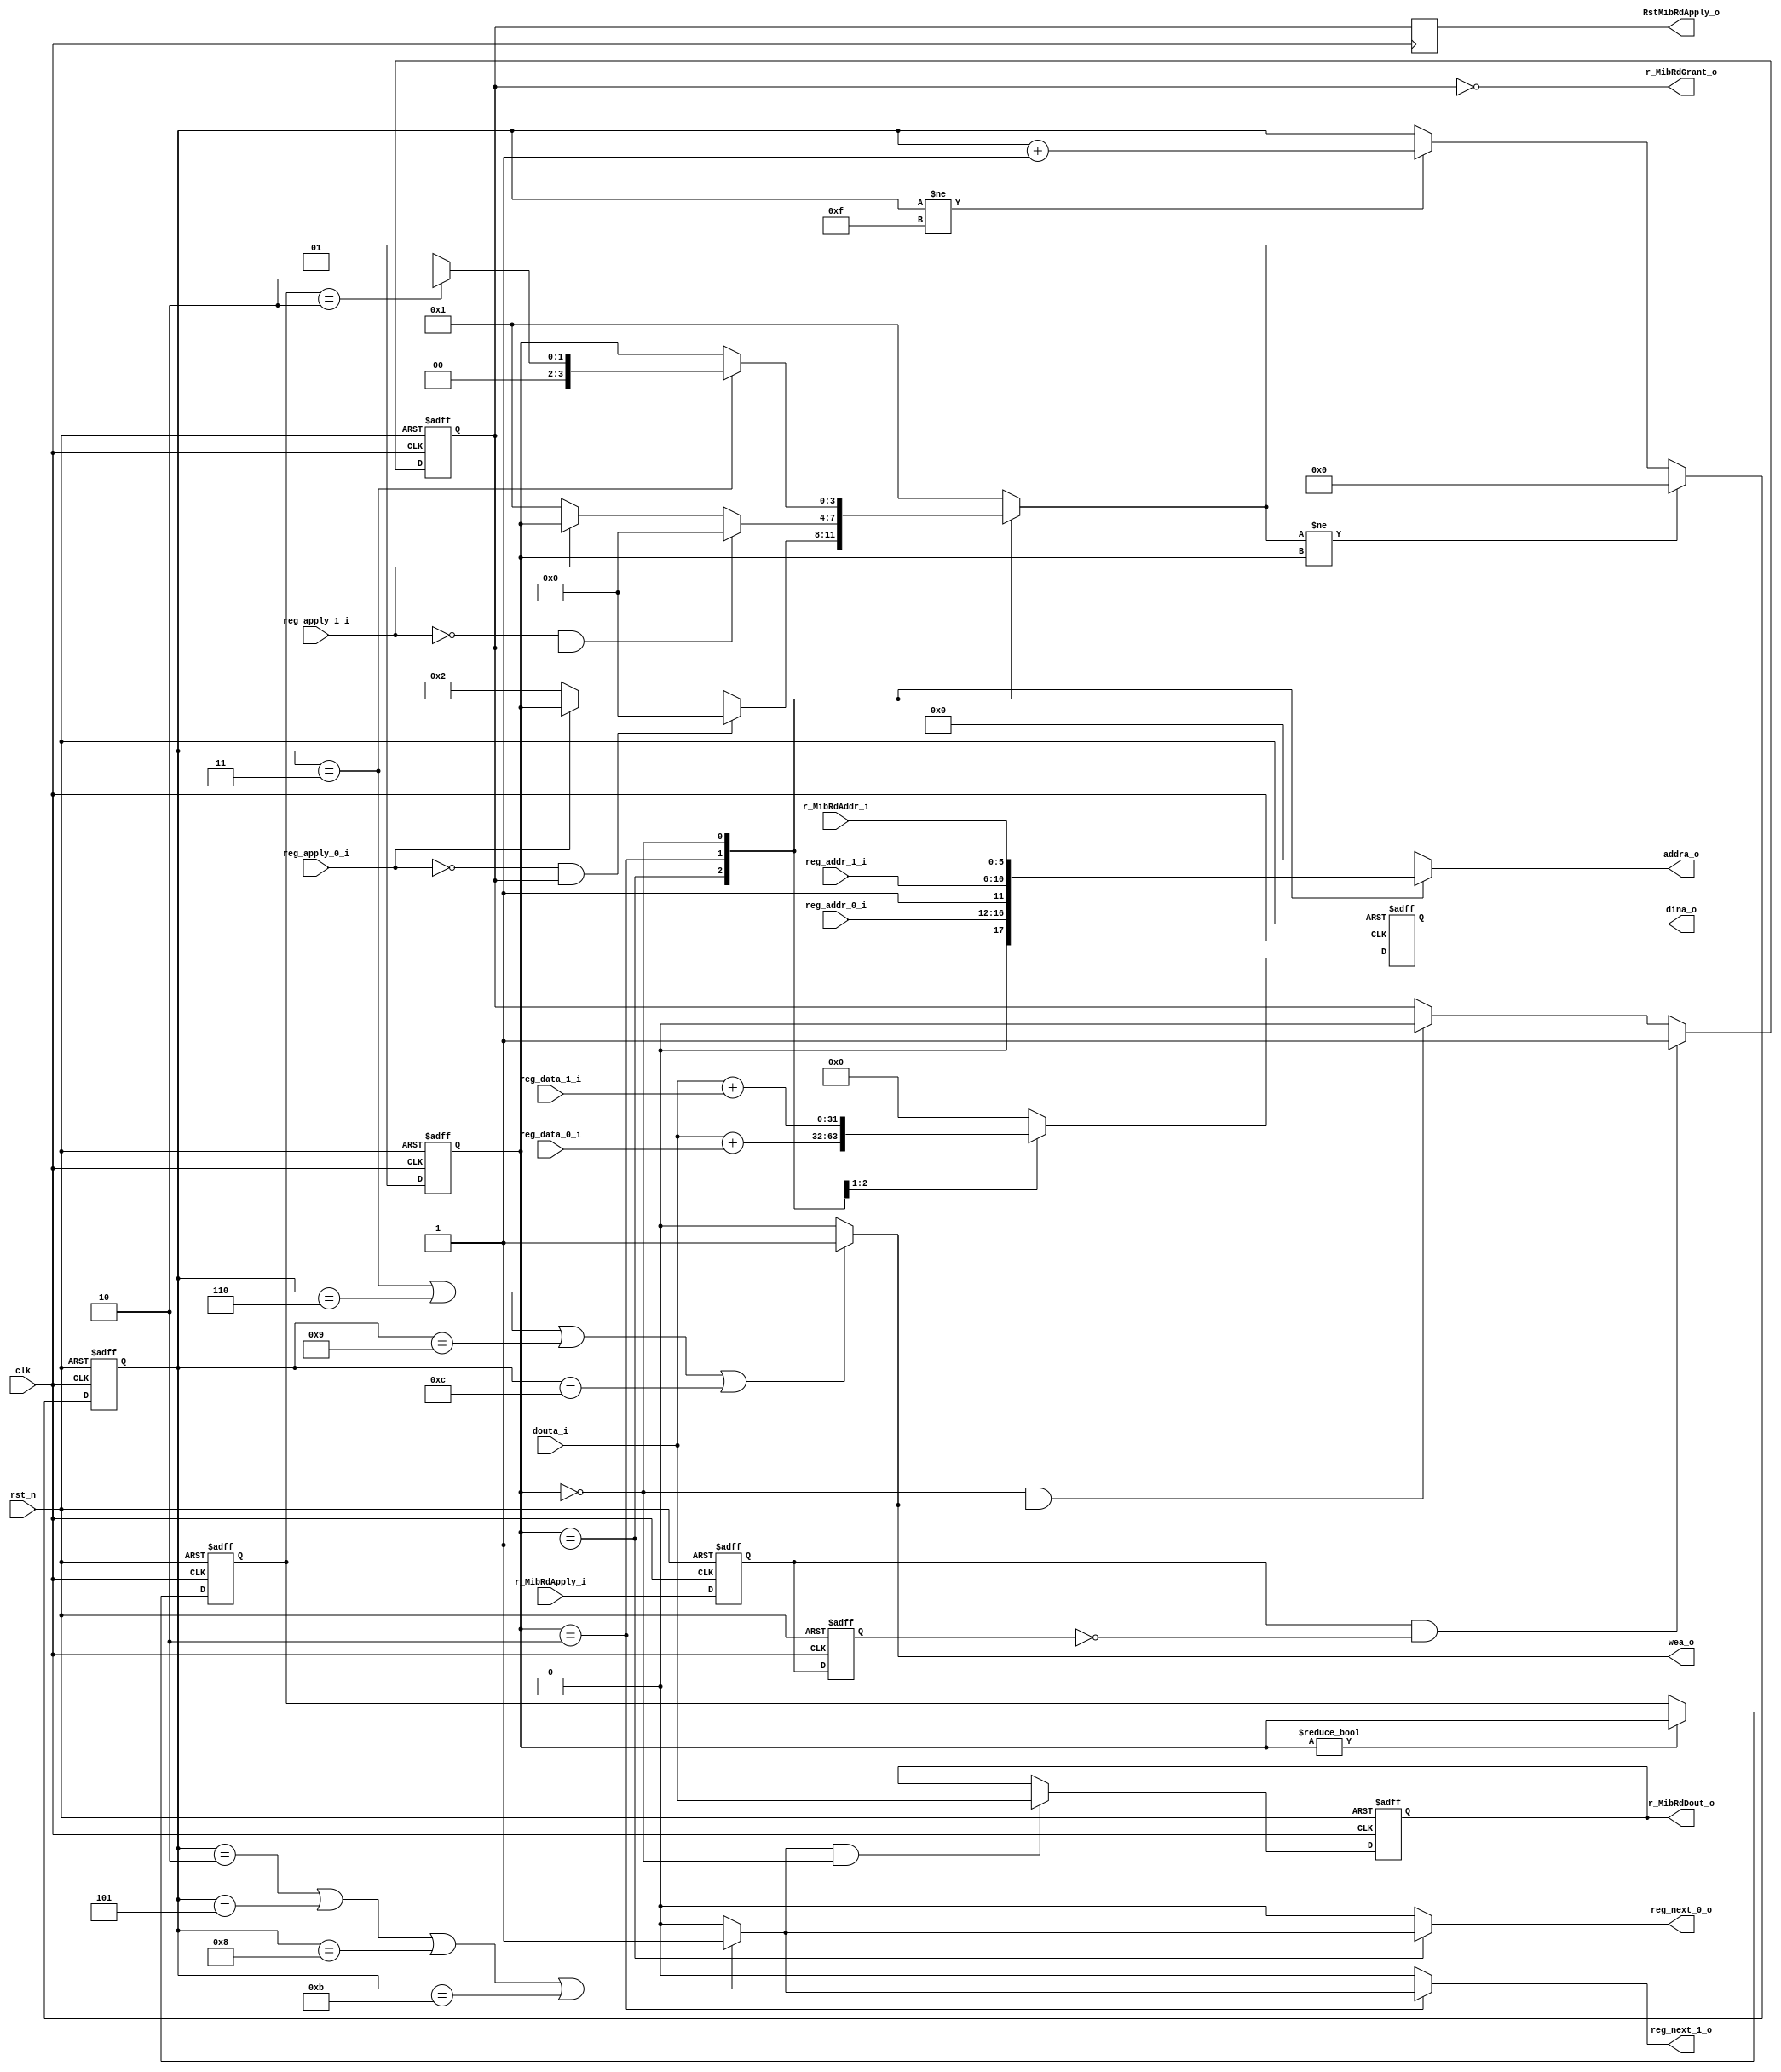
/*+
 * Copyright (c) 2022-2023 Zhengde
 * 
 * All rights reserved.
 * 
 * Redistribution and use in source and binary forms, with or without
 * modification, are permitted provided that the following conditions are met:
 * 
 * 1 Redistributions of source code must retain the above copyright notice, this
 *   list of conditions and the following disclaimer.
 * 
 * 2 Redistributions in binary form must reproduce the above copyright notice,
 *   this list of conditions and the following disclaimer in the documentation
 *   and/or other materials provided with the distribution.
 * 
 * 3 Neither the name of the copyright holder nor the names of its
 *   contributors may be used to endorse or promote products derived from
 *   this software without specific prior written permission.
 * 
 * THIS SOFTWARE IS PROVIDED BY THE COPYRIGHT HOLDERS AND CONTRIBUTORS "AS IS"
 * AND ANY EXPRESS OR IMPLIED WARRANTIES, INCLUDING, BUT NOT LIMITED TO, THE
 * IMPLIED WARRANTIES OF MERCHANTABILITY AND FITNESS FOR A PARTICULAR PURPOSE ARE
 * DISCLAIMED. IN NO EVENT SHALL THE COPYRIGHT HOLDER OR CONTRIBUTORS BE LIABLE
 * FOR ANY DIRECT, INDIRECT, INCIDENTAL, SPECIAL, EXEMPLARY, OR CONSEQUENTIAL
 * DAMAGES (INCLUDING, BUT NOT LIMITED TO, PROCUREMENT OF SUBSTITUTE GOODS OR
 * SERVICES; LOSS OF USE, DATA, OR PROFITS; OR BUSINESS INTERRUPTION) HOWEVER
 * CAUSED AND ON ANY THEORY OF LIABILITY, WHETHER IN CONTRACT, STRICT LIABILITY,
 * OR TORT (INCLUDING NEGLIGENCE OR OTHERWISE) ARISING IN ANY WAY OUT OF THE USE
 * OF THIS SOFTWARE, EVEN IF ADVISED OF THE POSSIBILITY OF SUCH DAMAGE.
-*/

/*+
 *  EMAC remote monitoring control
-*/

module emac_rmon_ctrl (
    input               clk             ,
    input               rst_n           ,
    //interface with rmon address generator
    input               reg_apply_0_i   ,
    input  [4:0]        reg_addr_0_i    ,
    input  [15:0]       reg_data_0_i    ,
    output reg          reg_next_0_o    ,
    input               reg_apply_1_i   ,
    input  [4:0]        reg_addr_1_i    ,
    input  [15:0]       reg_data_1_i    ,
    output reg          reg_next_1_o    ,
    //interface with dual-port ram, port-a for RMON  
    output reg [5:0]    addra_o         ,
    output reg [31:0]   dina_o          ,
    input  [31:0]       douta_i         ,
    output              wea_o           ,
    //Host interface registers I/O
    input  [5:0]        r_MibRdAddr_i   ,
    input               r_MibRdApply_i  ,
    output reg          RstMibRdApply_o ,
    output              r_MibRdGrant_o  ,
    output reg [31:0]   r_MibRdDout_o   
);
    //++
    //internal signals                                                              
    //--

    parameter       STATE_HOST = 4'd00;
    parameter       STATE_MAC0 = 4'd01;
    parameter       STATE_MAC1 = 4'd02;

    reg  [3:0]       current_state /* synthesys syn_keep=1 */;
    reg  [3:0]       next_state;
    reg  [3:0]       current_state_reg;

    reg  [4:0]       step_counter;
    reg              Write;
    reg              Read;
    reg              pipeline;
    reg              MibRdApply_reg    ;

    //++
    //State Machine                                                            
    //--

    always @(posedge clk or negedge rst_n) begin
        if(!rst_n)
            current_state <= STATE_MAC0;
        else
            current_state <= next_state;
    end
        
    always @(posedge clk or negedge rst_n) begin
        if(!rst_n)  
            current_state_reg <= STATE_MAC0;
        else if(current_state != STATE_HOST)
            current_state_reg <= current_state;
    end
                
    always @(*) begin
        case(current_state)
            STATE_MAC0:
                if(!reg_apply_0_i && MibRdApply_reg)
                    next_state = STATE_HOST;
                else if(!reg_apply_0_i)
                    next_state = STATE_MAC1;
                else
                    next_state = current_state;

            STATE_MAC1:
                if(!reg_apply_1_i && MibRdApply_reg)
                    next_state = STATE_HOST;
                else if(!reg_apply_1_i)
                    next_state = STATE_MAC0;
                else
                    next_state = current_state;

            STATE_HOST:
                if(step_counter == 3)
                    case(current_state_reg)
                        STATE_MAC0: next_state = STATE_MAC0 ;
                        STATE_MAC1: next_state = STATE_MAC1 ;
                        default   : next_state = STATE_MAC0 ;
                    endcase
                else
                    next_state = current_state;
                
            default:
                    next_state = STATE_MAC0;
        endcase
    end

    always @(posedge clk or negedge rst_n) begin
        if(!rst_n)
            step_counter <= 0;
        else if(next_state != current_state)
            step_counter <= 0;
        else if(step_counter != 4'hf)
            step_counter <= step_counter + 1;
    end

    //++
    //temp signals                                                            
    //--

    always @(*) begin
        if(step_counter == 1 || step_counter == 4 ||
            step_counter == 7 || step_counter == 10)
            Read = 1;
        else
            Read = 0;
    end

    always @(*) begin
        if(step_counter == 2 || step_counter == 5 ||
            step_counter == 8 || step_counter == 11)
            pipeline = 1;
        else
            pipeline = 0;
    end
                
    always @(*) begin
        if(step_counter == 3 || step_counter == 6 ||
            step_counter == 9 || step_counter == 12)
            Write = 1;
        else
            Write = 0;
    end
        
    //++
    //generate output signals                                                        
    //--   

    //addra_o 
    always @(*) begin
        case(current_state)
            STATE_MAC0 :     addra_o = {1'd0 ,reg_addr_0_i };
            STATE_MAC1 :     addra_o = {1'd1 ,reg_addr_1_i };
            STATE_HOST :     addra_o = r_MibRdAddr_i;
            default    :     addra_o = 0;
        endcase
    end
        
    //dina_o
    always @(posedge clk or negedge rst_n) begin
        if(!rst_n)
            dina_o <= 0;
        else begin
            case(current_state)
                STATE_MAC0 :  dina_o <= douta_i + reg_data_0_i ;
                STATE_MAC1 :  dina_o <= douta_i + reg_data_1_i ;
                STATE_HOST :  dina_o <= 0;
                default    :  dina_o <= 0;
            endcase
        end
    end
    
    assign  wea_o = Write;

    //reg_next
    always @(*) begin
        if(current_state == STATE_MAC0) 
            reg_next_0_o = pipeline;
        else
            reg_next_0_o = 0;
    end
    
    always @(*) begin
        if(current_state == STATE_MAC1)
            reg_next_1_o = pipeline;
        else
            reg_next_1_o = 0;     
    end 

    //r_MibRdGrant_o   
    reg     MibRdApply_d1;
    reg     MibRdApply_d2;

    //rising edge
    always @(posedge clk or negedge rst_n) begin
        if (!rst_n) begin
            MibRdApply_d1 <= 0;
            MibRdApply_d2 <= 0;
        end
        else begin
            MibRdApply_d1 <= r_MibRdApply_i;
            MibRdApply_d2 <= MibRdApply_d1;
        end     
    end

    always @(posedge clk or negedge rst_n) begin
        if(!rst_n)
            MibRdApply_reg <= 0;
        else if(MibRdApply_d1 & !MibRdApply_d2)
            MibRdApply_reg <= 1;
        else if(current_state == STATE_HOST && Write)
            MibRdApply_reg <= 0;
    end

    assign r_MibRdGrant_o = !MibRdApply_reg;

    always @(posedge clk) RstMibRdApply_o <= MibRdApply_reg;

    always @(posedge clk or negedge rst_n) begin
        if(!rst_n)
            r_MibRdDout_o <= 0;
        else if(pipeline && current_state == STATE_HOST)
            r_MibRdDout_o <= douta_i;        
    end

endmodule